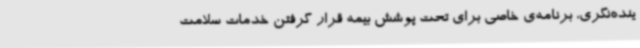
ینده‌نگری، برنامه‌ی خاصی برای تحت پوشش بیمه قرار گرفتن خدمات سلامت